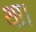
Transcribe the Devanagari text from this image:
था।